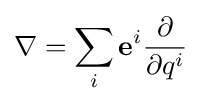
\nabla =\sum _{i}\mathbf {e} ^{i}{\frac {\partial }{\partial q^{i}}}